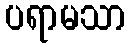
ပရာမသာ